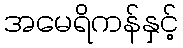
အမေရိကန်နှင့်